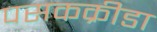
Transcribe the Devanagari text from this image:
पसकक्रीडा